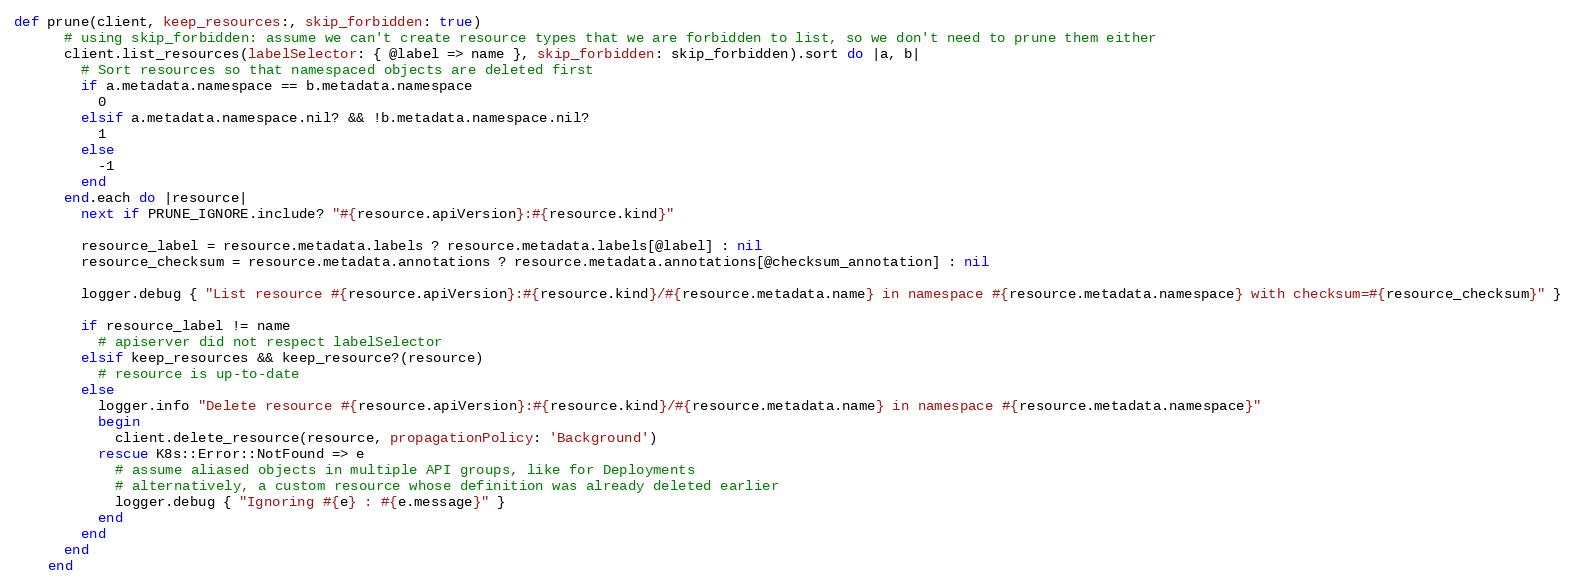
Language: Ruby
def prune(client, keep_resources:, skip_forbidden: true)
      # using skip_forbidden: assume we can't create resource types that we are forbidden to list, so we don't need to prune them either
      client.list_resources(labelSelector: { @label => name }, skip_forbidden: skip_forbidden).sort do |a, b|
        # Sort resources so that namespaced objects are deleted first
        if a.metadata.namespace == b.metadata.namespace
          0
        elsif a.metadata.namespace.nil? && !b.metadata.namespace.nil?
          1
        else
          -1
        end
      end.each do |resource|
        next if PRUNE_IGNORE.include? "#{resource.apiVersion}:#{resource.kind}"

        resource_label = resource.metadata.labels ? resource.metadata.labels[@label] : nil
        resource_checksum = resource.metadata.annotations ? resource.metadata.annotations[@checksum_annotation] : nil

        logger.debug { "List resource #{resource.apiVersion}:#{resource.kind}/#{resource.metadata.name} in namespace #{resource.metadata.namespace} with checksum=#{resource_checksum}" }

        if resource_label != name
          # apiserver did not respect labelSelector
        elsif keep_resources && keep_resource?(resource)
          # resource is up-to-date
        else
          logger.info "Delete resource #{resource.apiVersion}:#{resource.kind}/#{resource.metadata.name} in namespace #{resource.metadata.namespace}"
          begin
            client.delete_resource(resource, propagationPolicy: 'Background')
          rescue K8s::Error::NotFound => e
            # assume aliased objects in multiple API groups, like for Deployments
            # alternatively, a custom resource whose definition was already deleted earlier
            logger.debug { "Ignoring #{e} : #{e.message}" }
          end
        end
      end
    end